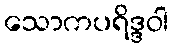
သောကပရိဒ္ဒဝါ